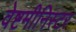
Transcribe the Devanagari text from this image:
वेष्टमीनिस्टर